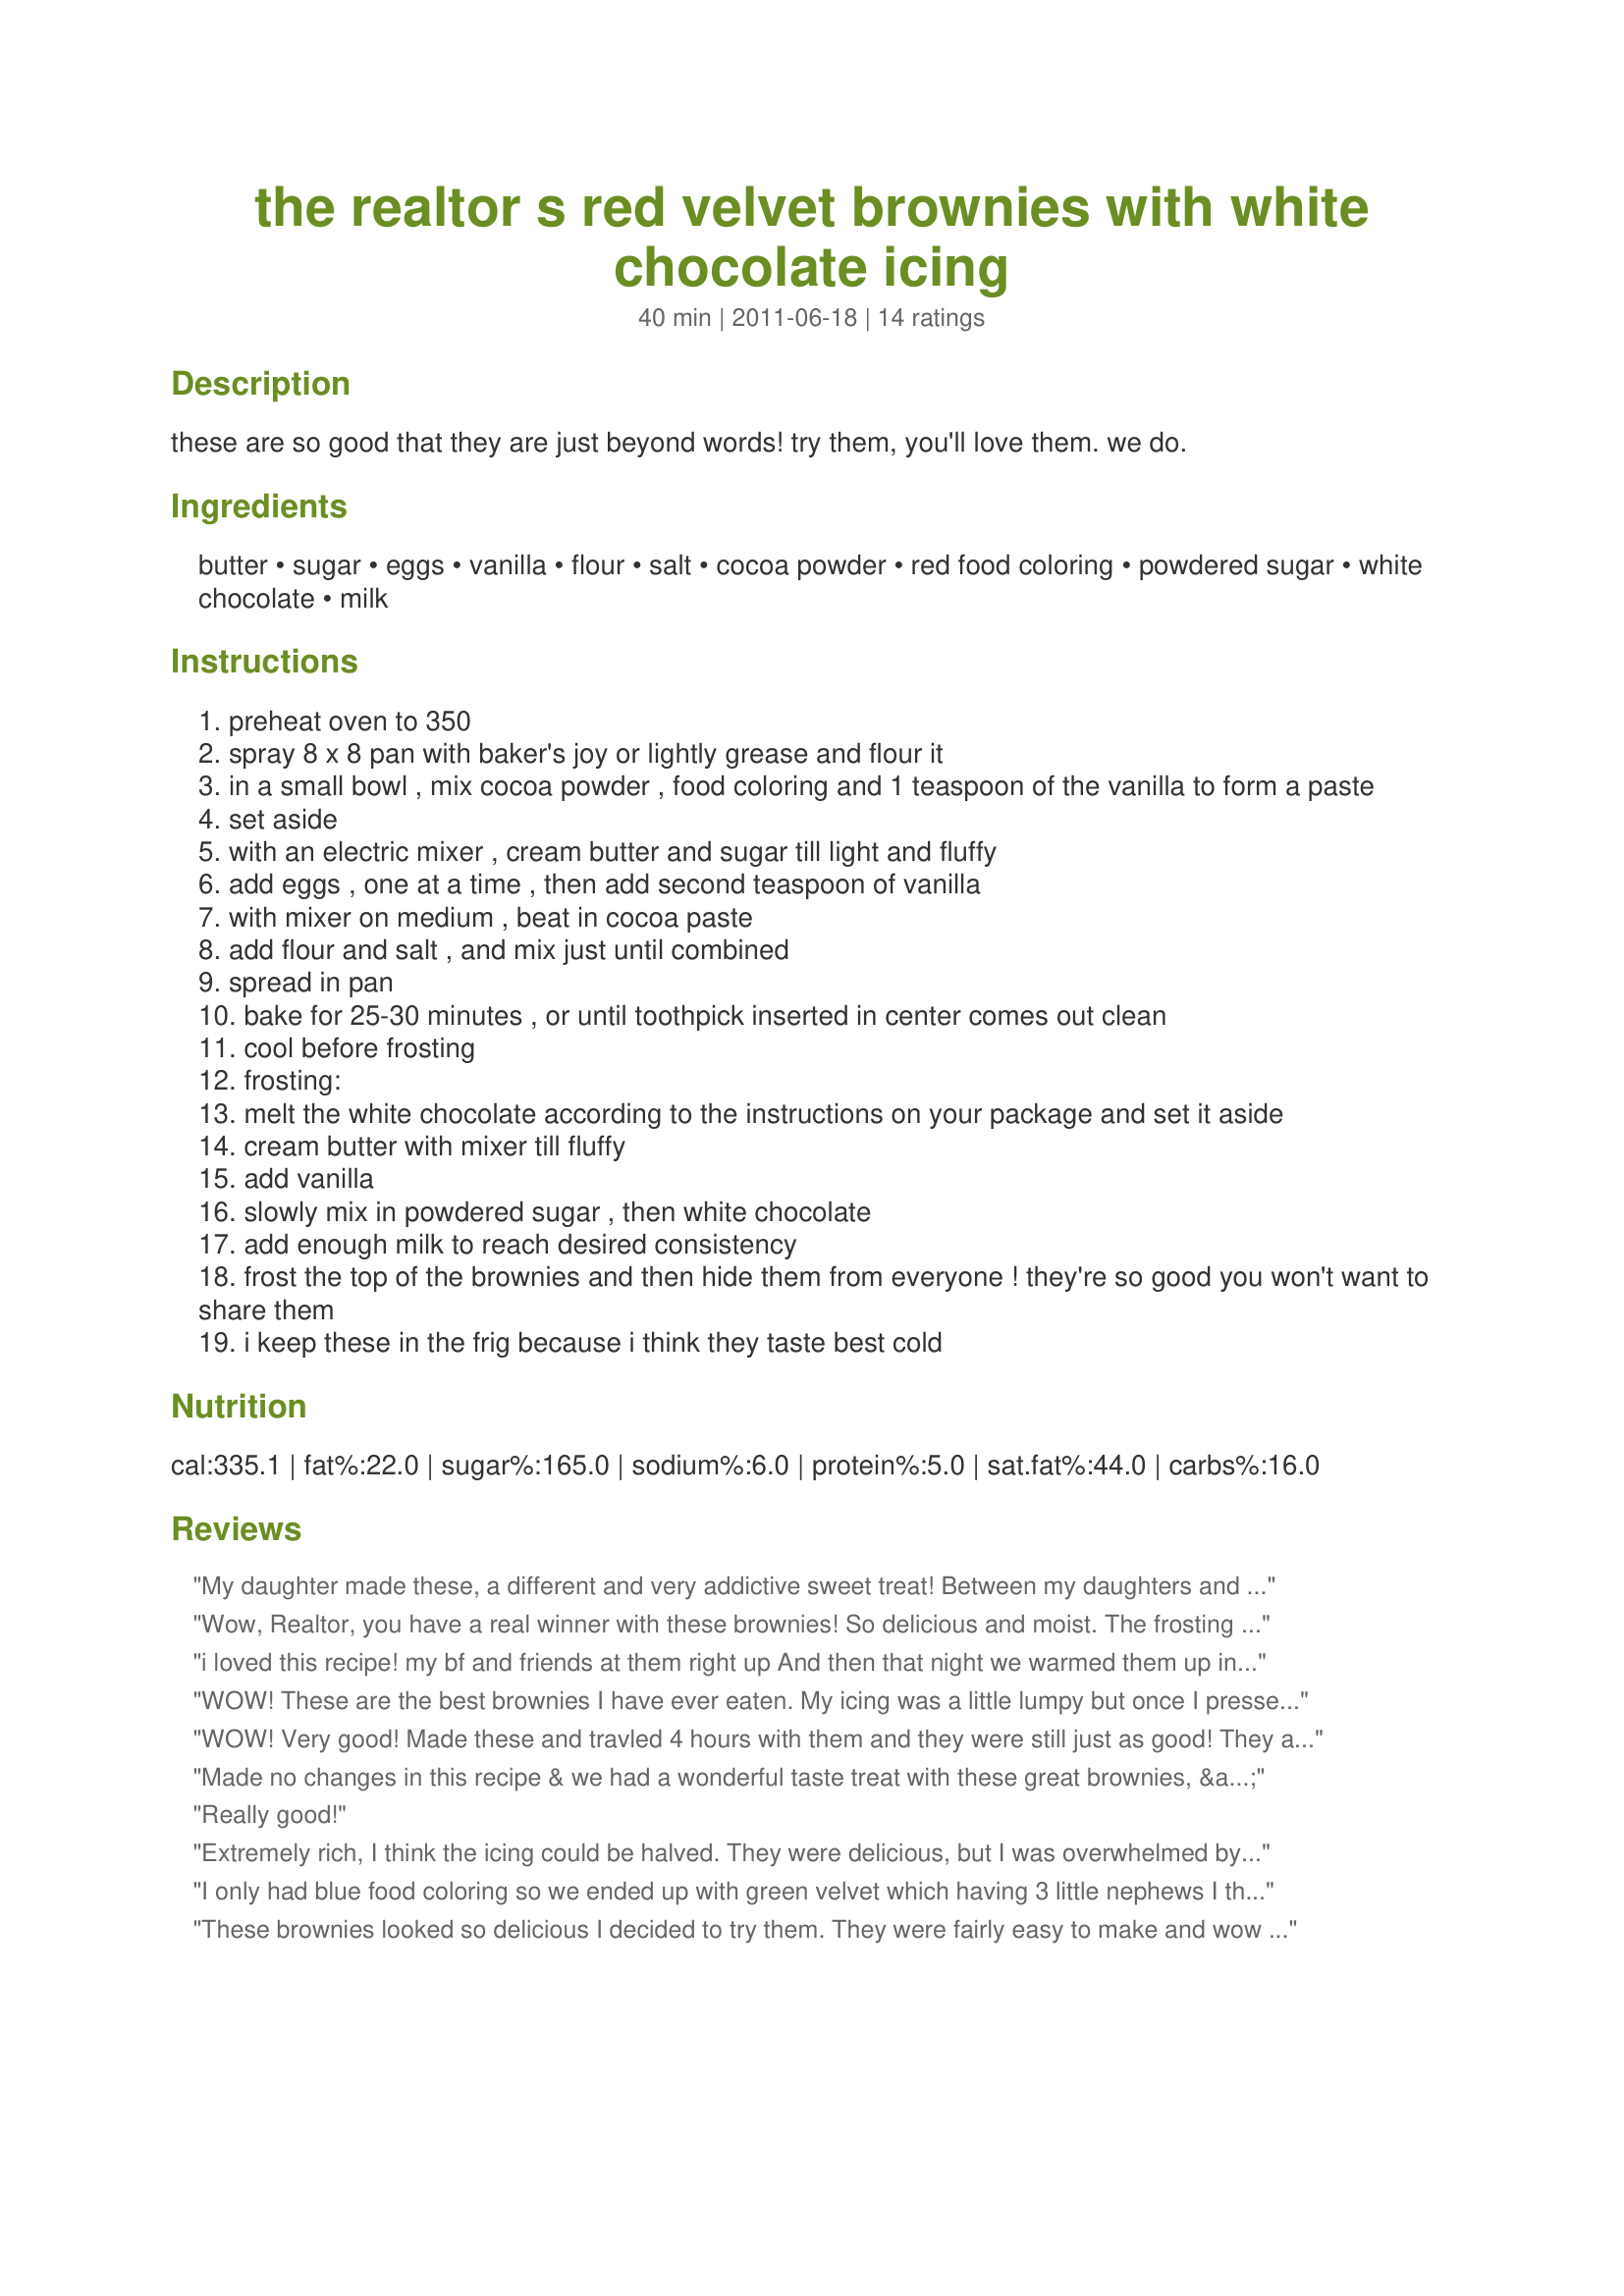
the realtor s red velvet brownies with white chocolate icing
Preparation time: 40 minutes

these are so good that they are just beyond words! try them, you'll love them. we do.

Ingredients:
butter, sugar, eggs, vanilla, flour, salt, cocoa powder, red food coloring, powdered sugar, white chocolate, milk

Steps:
preheat oven to 350
spray 8 x 8 pan with baker's joy or lightly grease and flour it
in a small bowl , mix cocoa powder , food coloring and 1 teaspoon of the vanilla to form a paste
set aside
with an electric mixer , cream butter and sugar till light and fluffy
add eggs , one at a time , then add second teaspoon of vanilla
with mixer on medium , beat in cocoa paste
add flour and salt , and mix just until combined
spread in pan
bake for 25-30 minutes , or until toothpick inserted in center comes out clean
cool before frosting
frosting:
melt the white chocolate according to the instructions on your package and set it aside
cream butter with mixer till fluffy
add vanilla
slowly mix in powdered sugar , then white chocolate
add enough milk to reach desired consistency
frost the top of the brownies and then hide them from everyone ! they're so good you won't want to share them
i keep these in the frig because i think they taste best cold

Reviews:
My daughter made these, a different and very addictive sweet treat! Between my daughters and their boyfriends (especially the boyfriends), these didnt last for long! Thanks Realtor, sweetened their weekend ;) Made for PRMR tag game
Wow, Realtor, you have a real winner with these brownies! So delicious and moist. The frosting is pretty sweet, but so perfect with a glass of milk :) I like that it makes a small pan since my husband doesn't care for sweets much. Now I won't feel quite as bad when I eat the whole pan myself lol. I'm definitely making these again, thanks so much for posting! Made for PRMR Tag.
i loved this recipe! my bf and friends at them right up
And then that night we warmed them up in the oven (just for a few minutes) and had some vanilla ice cream over them, it was absolute PERFECTION!
WOW! These are the best brownies I have ever eaten. My icing was a little lumpy but once I pressed it through a fine mesh strainer it was perfect. YUMMY!
WOW! Very good! Made these and travled 4 hours with them and they were still just as good! They are very sweet and a little goes a long way, but you may end eating more than you thought you would!LOL!
Made no changes in this recipe & we had a wonderful taste treat with these great brownies, & they're well worth making again, for sure! The brownies are almost as beautiful as they are delicious, & another time we'll be sharing these with others ~This time around they were all ours! Thanks for sharing the recipe! [Tagged & made in Please Review My Recipe]
Really good!
Extremely rich, I think the icing could be halved. They were delicious, but I was overwhelmed by the amount of butter, sugar and red food coloring. I guess I am more of a savory person, I rarely eat desserts. Made for Please Review My Recipe tag game.
I only had blue food coloring so we ended up with green velvet which having 3 little nephews I think would be awesome for a kids GI Joe cake. Skipped the frosting, they were great even without. Nice and chewy in the middle, loved how quick these came together, thank you!
These brownies looked so delicious I decided to try them. They were fairly easy to make and wow were they yummy! Followed the recipe to the letter and was rewarded with beautiful 'red' brownies so moist and chewy and scrumptious. My only complaint, they were gone almost immediately. Will be making these again on Valentine's Day and I know they won't last. Maybe I'll make a double batch this time. Thanks for sharing, Realtor by day, Chef by night.
Hi, I made these for a neighbor and she said they were yummy. I tried a little sliver of it myself and thought the same. I didn't make the icing, because they were already plenty sweet, but it would be wonderful with frosting for sure. I made an error by adding a little baking powder as a leavening agent, but that seemed to form &quot;cracks&quot; instead. Mine didn't turn out as &quot;fluffy looking&quot; as the pics indicated. But I didn't follow the instructions to a &quot;T' (didn't make the paste) so I'll be sure to be more careful next time. These really would be wonderful for a holiday or special occasion!
As I ate a rather large amount, I remembered a time I wished weight gain on my worse enemy. I shall now take it all back. 10 Stars! Made for PRMR.
OMG, these are fabulous! I used a 9X9, so mine are a tad thinner, but I almost think that's a good thing! YUM! The frosting is wonderful too! DS and DH are certainly enjoying them! I'm thinking they'd be perfect for a friend's February birthday! I'm already planning to make them again! Thanks for sharing such a decadent recipe, Realtor by day, Chef by night!
these were a bit too sweet for me although the texture was awesome
